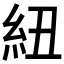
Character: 紐